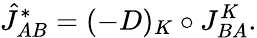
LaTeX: {\hat{J}}_{AB}^{\ast}=(-D)_{K}\circ J_{BA}^{K}.